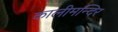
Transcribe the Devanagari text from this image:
कालीमन्दिर